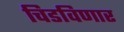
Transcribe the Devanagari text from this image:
चिडविणार